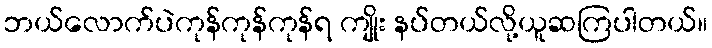
ဘယ်လောက်ပဲကုန်ကုန်ကုန်ရ ကျိုး နပ်တယ်လို့ယူဆကြပါတယ်။